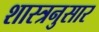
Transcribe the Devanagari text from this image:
शास्त्रनुसार